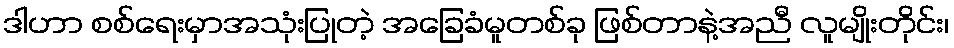
ဒါဟာ စစ်ရေးမှာအသုံးပြုတဲ့ အခြေခံမူတစ်ခု ဖြစ်တာနဲ့အညီ လူမျိုးတိုင်း၊